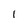
Character: 1